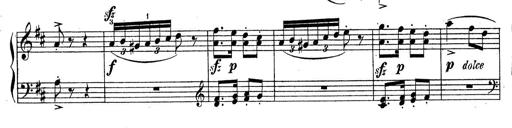
Title: Sonatine No.3
Composer: Peter Piel
Key: D major